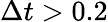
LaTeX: \Delta t>0.2